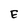
Character: E